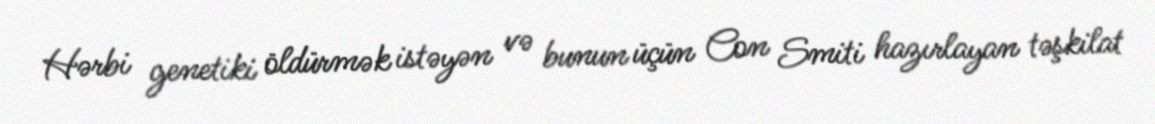
Hərbi genetiki öldürmək istəyən və bunun üçün Con Smiti hazırlayan təşkilat